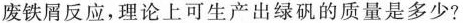
废铁屑反应，理论上可生产出绿矾的质量是多少?